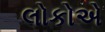
લોકોએ